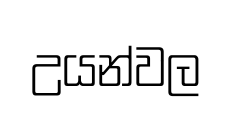
උයන්වල